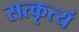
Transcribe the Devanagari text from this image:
सत्कृत्यं